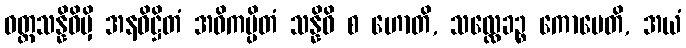
ဝတ္ထသန္နိဓိမှိ အနဓိဋ္ဌိတံ အဝိကပ္ပိတံ သန္နိဓိ စ ဟောတိ, သလ္လေခဉ္စ ကောပေတိ, အယံ